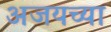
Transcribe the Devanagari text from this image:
अजयच्या